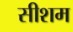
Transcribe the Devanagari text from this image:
सीशम